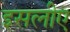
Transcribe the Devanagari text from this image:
इसलीए